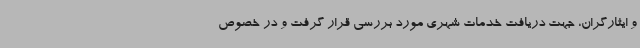
و ایثارگران، جهت دریافت خدمات شهری مورد بررسی قرار گرفت و در خصوص